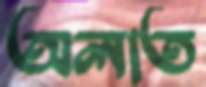
অলাত